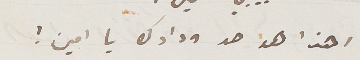
اهذا هو حد ودادك يا امين